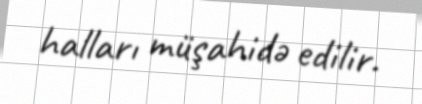
halları müşahidə edilir.